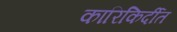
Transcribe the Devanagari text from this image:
कारिकिर्दीत